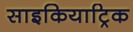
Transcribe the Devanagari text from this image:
साइकियाट्रिक